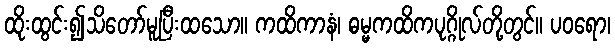
ထိုးထွင်း၍သိတော်မူပြီးထသော။ ကထိကာနံ၊ ဓမ္မကထိကပုဂ္ဂိုလ်တို့တွင်။ ပဝရော၊